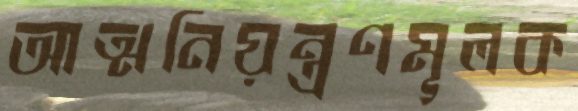
আত্মনিয়ন্ত্রণমূলক